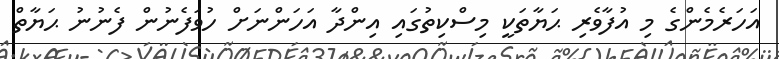
އަހަރެމެންގެ މި އުފާވެރި ޙަޔާތަކީ މިސްކިތުގައި އިންދާ އަހަންނަށް ހުވަފެނުން ފެނުނު ޙަޔާތް